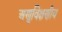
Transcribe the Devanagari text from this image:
अणुविक्षणीय